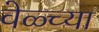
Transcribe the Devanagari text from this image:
वेळ्च्या